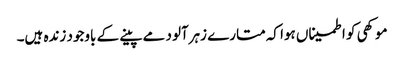
موکھی کو اطمیناں ہوا کہ متارے زہرآلود مے پینے کے باوجود زندہ ہیں۔